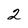
Character: 2